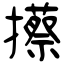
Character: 攃